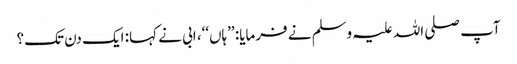
آپ صلی اللہ علیہ وسلم نے فرمایا: ’’ہاں‘‘، ابی نے کہا: ایک دن تک؟